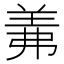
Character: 羛